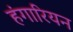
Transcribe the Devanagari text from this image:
हंगारियन